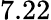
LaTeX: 7.22